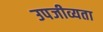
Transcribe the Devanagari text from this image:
उपजीव्यता